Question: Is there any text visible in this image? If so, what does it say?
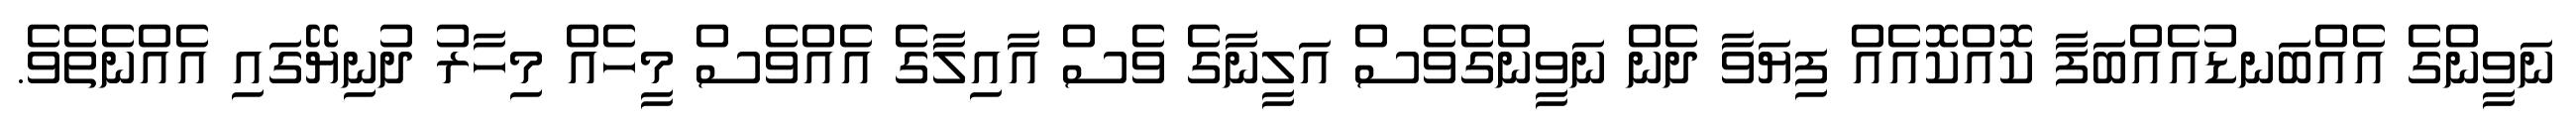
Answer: ނަވީންގެ އެއްބަނޑުއެއްބަފާ ކޮއްކޮއެއް ފިޔަވާ ދެން ނަވީންގެވެސް އަލީނާގެ ވެސް އާއިލާގެ އެއްވެސް މީހެއް މިހާރު ދުނިޔޭގައި އެއްނެތެވެ.